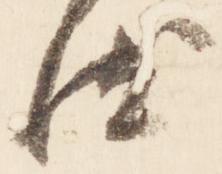
汰